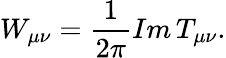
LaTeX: W_{\mu\nu}=\frac{1}{2\pi}Im\, T_{\mu\nu}.